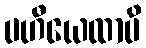
ပဟီယေထာပိ